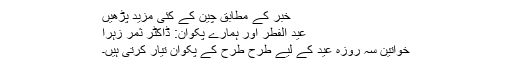
خبر کے مطابق چین کے کئی مزید پڑھیں
عید الفطر اور ہمارے پکوان: ڈاکٹر ثمر زہرا
خواتین سہ روزہ عید کے لیے طرح طرح کے پکوان تیار کرتی ہیں۔